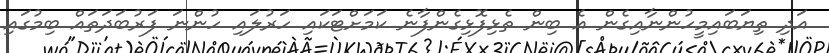
އަދި ތިޔަބައިމީހުންނާއިގެން އެ ބިން ތެޅިފޮޅިގެންފާނެ ކަމަށްޓަކައި ހަރުލައި ހުންނަ ފަރުބަދަތައް ބިމުގައި